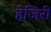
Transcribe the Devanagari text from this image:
हेजिरी